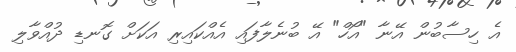
އެ ހިސާބުން އޭނާ "އޯހް" އޭ ބުނެލާފައި އެއްކައިރި އަކަށް ގޮނޑި ދުއްވާލި